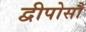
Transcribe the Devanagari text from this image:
द्वीपोसौ